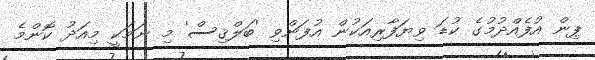
ޕިން އުފެއްދުމުގެ ކުޑަ ވިޔަފާރިއަކުން އުފަންވި 'ބަލްޤިސް' މި ނަމަކީ މިއަދު ކޮންމެ